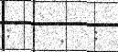
: